Scientific memoirs by medical officers of the Army of India - Part II,
Year: 1886
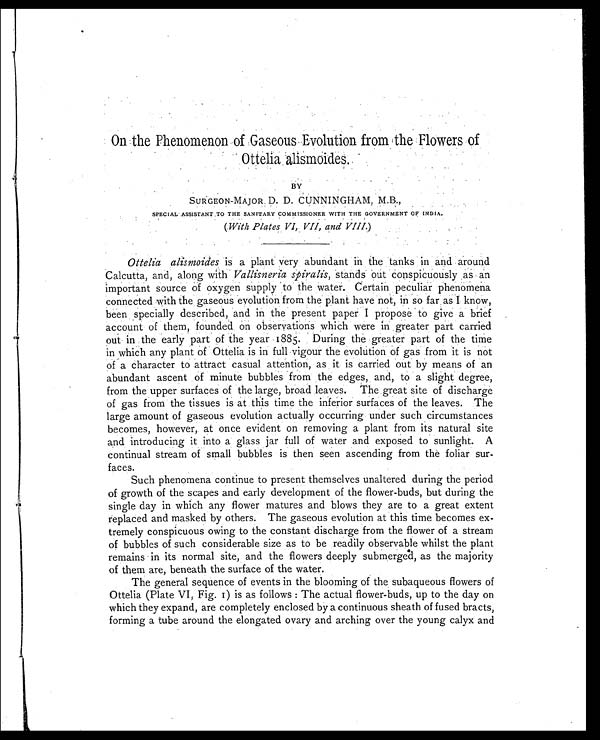
On the Phenomenon of Gaseous Evolution from the Flowers of
Ottelia alismoides.
BY
SURGEON-MAJOR. D. D. CUNNINGHAM, M.B.,
SPECIAL. ASSISTANT TO THE SANITARY COMMISSIONER WITH THE GOVERNMENT OF INDIA.
(With Plates VI, VII, and VIII.)
Ottelia alismoides is a plant very abundant in the tanks in and around
Calcutta, and, along with Vallisneria spiralis, stands out conspicuously as an
important source of oxygen supply to the water. Certain peculiar phenomena
connected with the gaseous evolution from the plant have not, in so far as I know,
been specially described, and in the present paper I propose to give a brief
account of them, founded on observations which were in greater part carried
out in the early part of the year 1885. During the greater part of the time
in which any plant of Ottelia is in full vigour the evolution of gas from it is not
of a character to attract casual attention, as it is carried out by means of an
abundant ascent of minute bubbles from the edges, and, to a slight degree,
from the upper surfaces of the large, broad leaves. The great site of discharge
of gas from the tissues is at this time the inferior surfaces of the leaves. The
large amount of gaseous evolution actually occurring under such circumstances
becomes, however, at once evident on removing a plant from its natural site
and introducing it into a glass jar full of water and exposed to sunlight. A
continual stream of small bubbles is then seen ascending from the foliar sur-
faces.
Such phenomena continue to present themselves unaltered during the period
of growth of the scapes and early development of the flower-buds, but during the
single day in which any flower matures and blows they are to a great extent
replaced and masked by others. The gaseous evolution at this time becomes ex-
tremely conspicuous owing to the constant discharge from the flower of a stream
of bubbles of such considerable size as to be readily observable whilst the plant
remains in its normal site, and the flowers deeply submerged, as the majority
of them are, beneath the surface of the water.
The general sequence of events in the blooming of the subaqueous flowers of
Ottelia (Plate VI, Fig. I) is as follows: The actual flower-buds, up to the day on
which they expand, are completely enclosed by a continuous sheath of fused bracts,
forming a tube around the elongated ovary and arching over the young calyx and